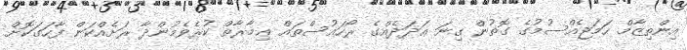
އިންތިޒާމް ހަމަޖެއްސުމުގެ ގޮތުން ގިނަ ޢަދަދެއްގެ ރޯހައުސްތައް ޢިމާރާތް ކުރެވެމުންދާ ރަށެއްކަން ފާހަގަކޮށް